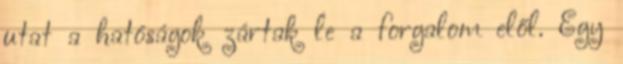
utat a hatóságok zártak le a forgalom elől. Egy